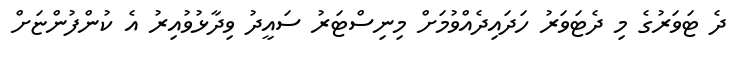
ދެ ޓަވަރުގެ މި ދެޓަވަރު ހަދައިދެއްވުމަށް މިނިސްޓަރު ސައީދު ވިދާޅުވުއިރު އެ ކުންފުންޏަށް